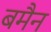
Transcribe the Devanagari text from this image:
बमैन